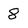
Character: 8